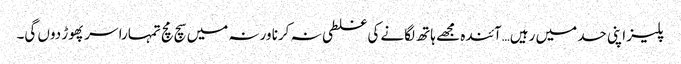
پلیز اپنی حد میں رہیں…آئندہ مجھے ہاتھ لگانے کی غلطی نہ کرنا ورنہ میں سچ مچ تمہارا سر پھوڑ دوں گی۔